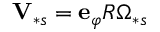
\mathbf { V } _ { \ast s } = \mathbf { e } _ { \varphi } R \Omega _ { \ast s }